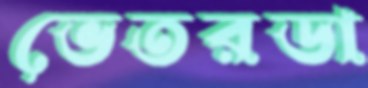
ভেতরডা